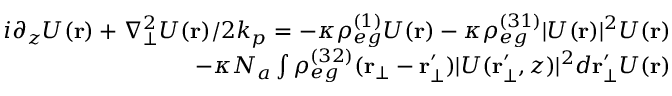
\begin{array} { r } { i { \partial _ { z } U ( \mathbf { r } ) } + { \nabla _ { \bot } ^ { 2 } U ( \mathbf { r } ) } / { 2 k _ { p } } = - \kappa \rho _ { e g } ^ { ( 1 ) } U ( \mathbf { r } ) - \kappa \rho _ { e g } ^ { ( 3 1 ) } | U ( \mathbf { r } ) | ^ { 2 } U ( \mathbf { r } ) } \\ { - \kappa N _ { a } \int \rho _ { e g } ^ { ( 3 2 ) } ( \mathbf { r _ { \bot } } - \mathbf { r _ { \bot } ^ { \prime } } ) | U ( \mathbf { r _ { \bot } ^ { \prime } } , z ) | ^ { 2 } d \mathbf { r } _ { \bot } ^ { \prime } U ( \mathbf { r } ) } \end{array}